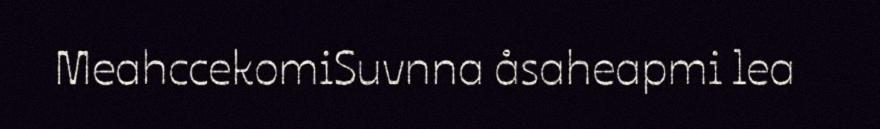
MeahccekomiSuvnna åsaheapmi lea